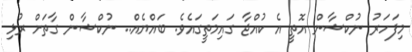
މިފަހަރު ނުކްޝާން އޮތީ އެ ކުއްޖާ ގައިމަތީގައެވެ. ބައްޔެއް.. ނުކްޝާން ގާތަށް ރުޅި